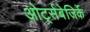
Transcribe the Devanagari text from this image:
ओर्ट्सबेजिर्के